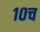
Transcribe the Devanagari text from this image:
१०च